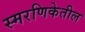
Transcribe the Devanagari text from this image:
स्मरणिकेतील